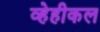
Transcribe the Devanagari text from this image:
व्हेहीकल